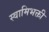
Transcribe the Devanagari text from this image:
स्वामिभक्ती